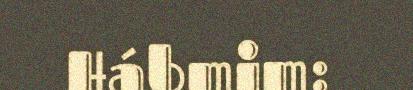
Hábmim: